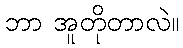
ဘာ အူတိုတာလဲ။